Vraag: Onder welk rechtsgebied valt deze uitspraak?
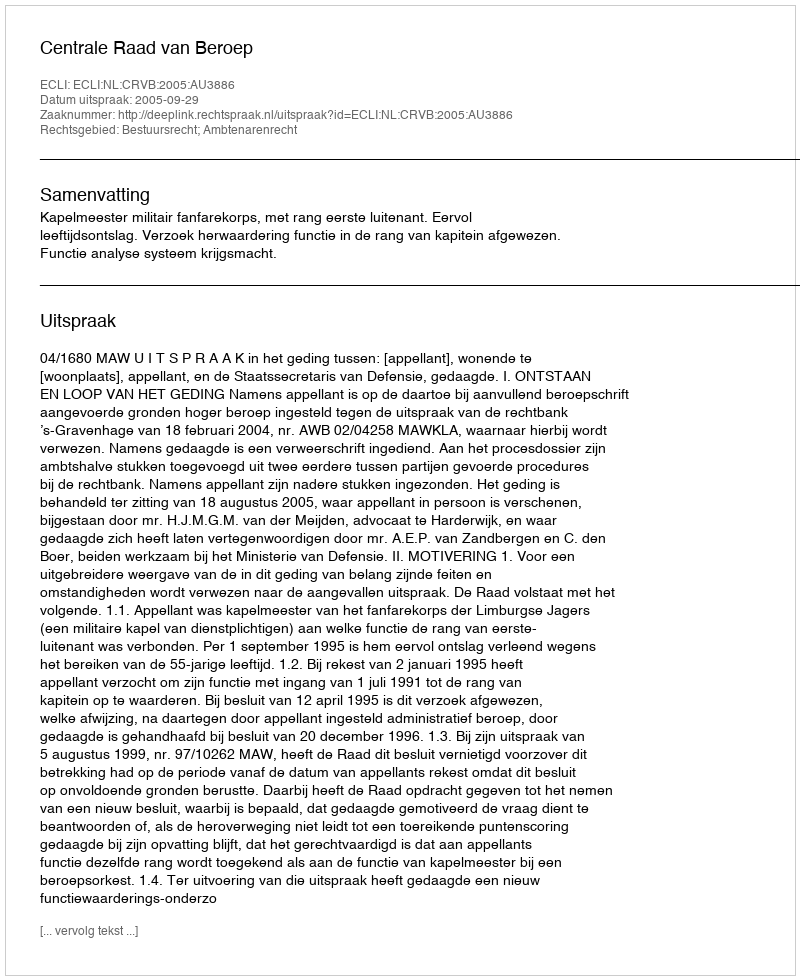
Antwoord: Bestuursrecht; Ambtenarenrecht